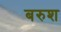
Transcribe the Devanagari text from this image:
बरुश